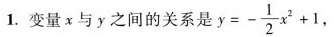
1.变量x与y之间的关系是$$y = - \frac { 1 } { 2 } x ^ { 2 } + 1$$，